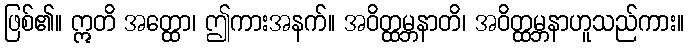
ဖြစ်၏။ ဣတိ အတ္ထော၊ ဤကားအနက်။ အဝိတ္ထမ္ဘနာတိ၊ အဝိတ္ထမ္ဘနာဟူသည်ကား။